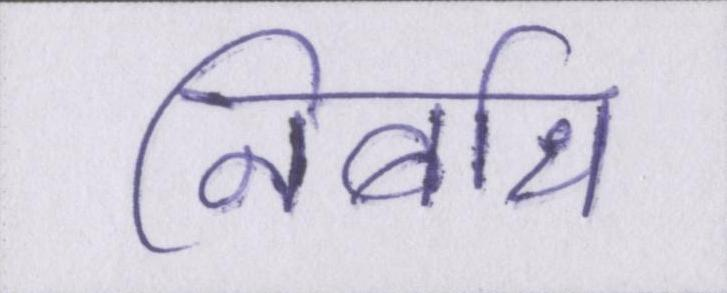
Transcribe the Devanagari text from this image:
निर्बाध